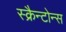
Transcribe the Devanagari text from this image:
स्क्रैन्टोन्स